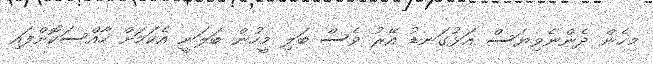
މިހެން ދެންނެވިޔަސް އަޅުގަނޑު އޭރު ވެސް ބަލި މީހުން ބަލަނީ އެކަމަށް ހާއްސަކޮށްފައި